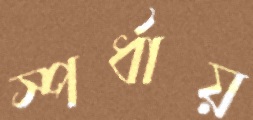
স্পর্ধায়